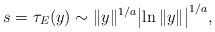
LaTeX: \begin{align*} s=\tau_E(y)\sim\|y\|^{1/a} \bigl |\ln\|y\|\bigr |^{1/a},\end{align*}